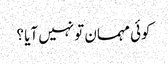
کوئی مہمان تو نہیں آیا ؟